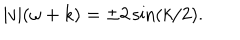
| v | ( \omega + k ) = \pm 2 \sin ( k / 2 ) .